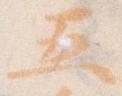
五